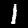
Label: 1